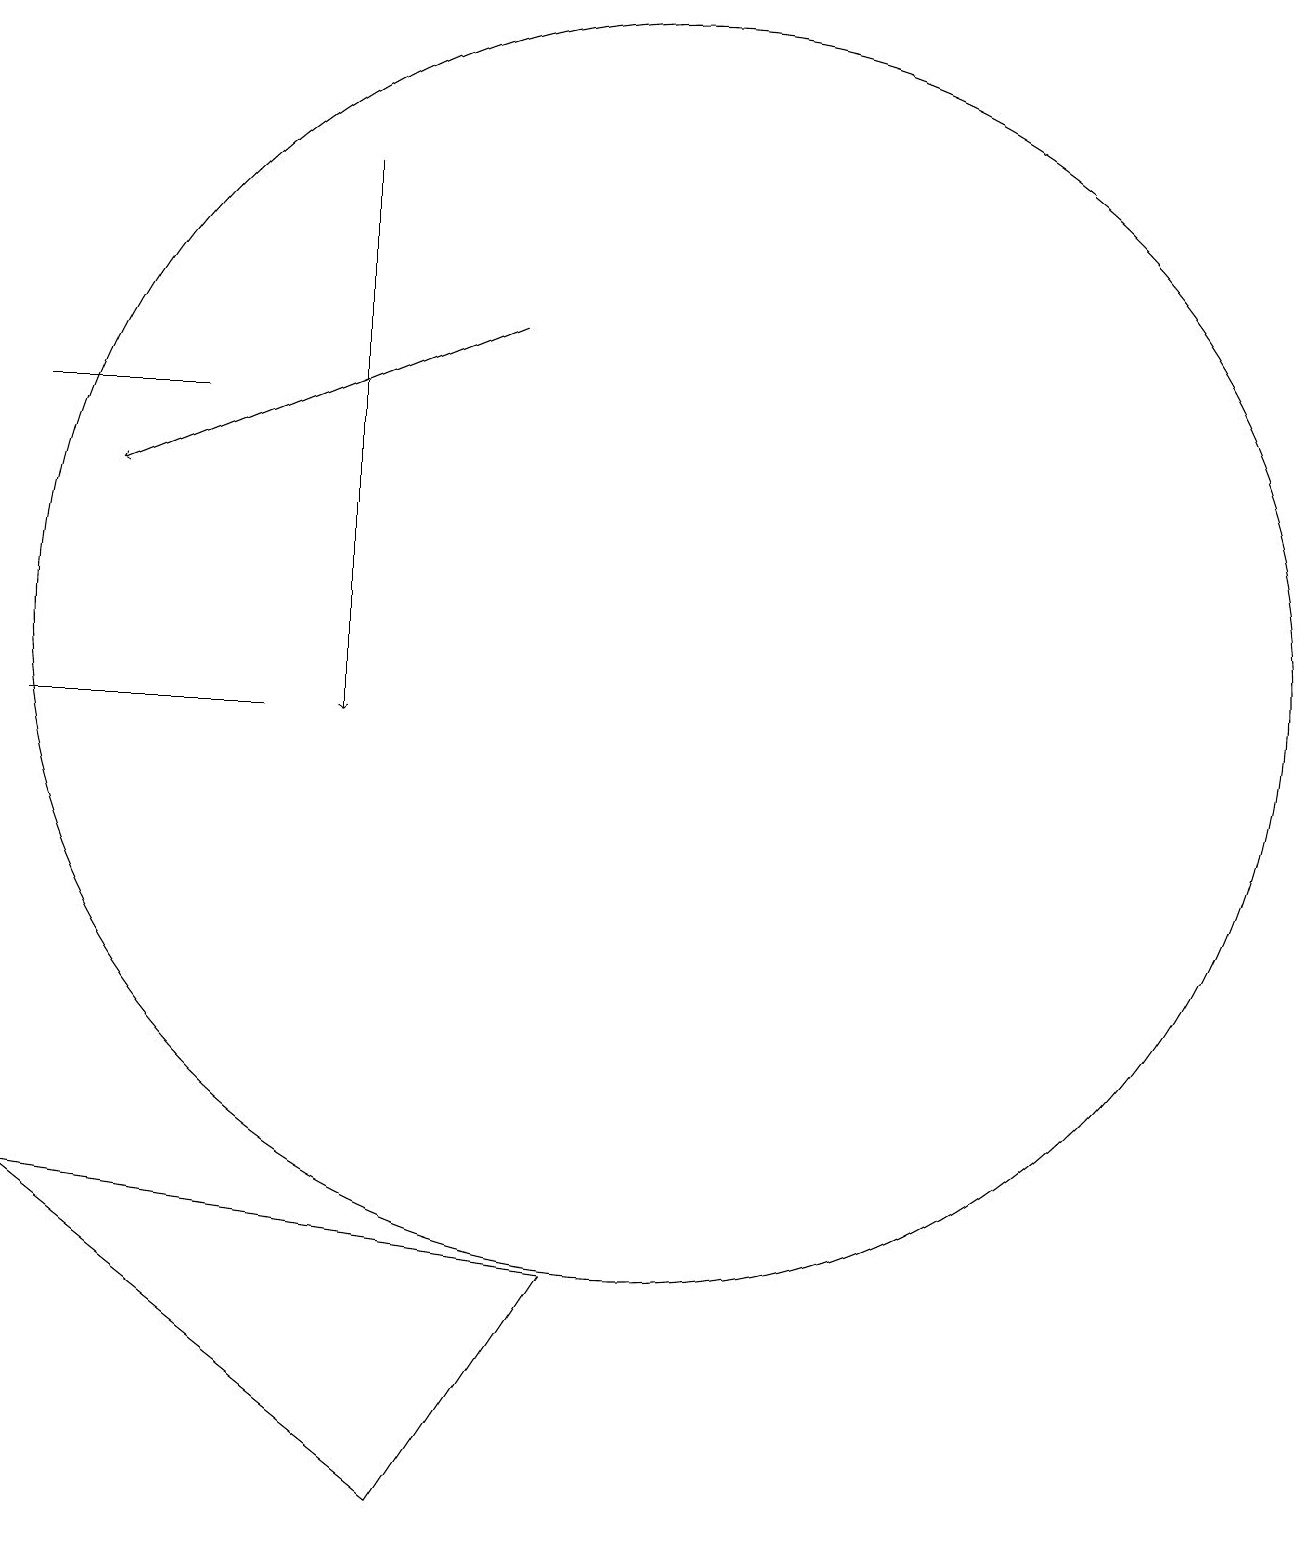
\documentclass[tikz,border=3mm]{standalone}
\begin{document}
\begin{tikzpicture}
\draw[->] (6,17) -- (6,10);
\draw (9,3) -- (7,0) -- (2,4) -- cycle;
\draw[->] (8,15) -- (3,13);
\draw (4,14) rectangle (2,14);
\draw (2,10) rectangle (5,10);
\draw (10,11) circle (8);
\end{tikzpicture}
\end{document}